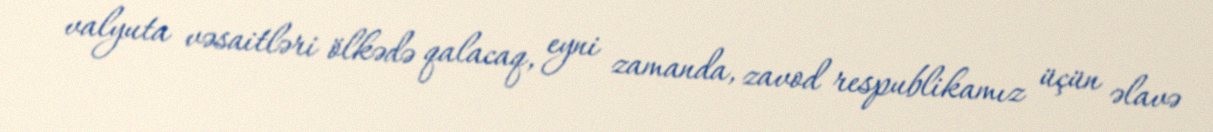
valyuta vəsaitləri ölkədə qalacaq, eyni zamanda, zavod respublikamız üçün əlavə